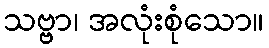
သဗ္ဗာ၊ အလုံးစုံသော။